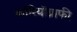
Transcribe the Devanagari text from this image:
कॉरियॉग्राफी